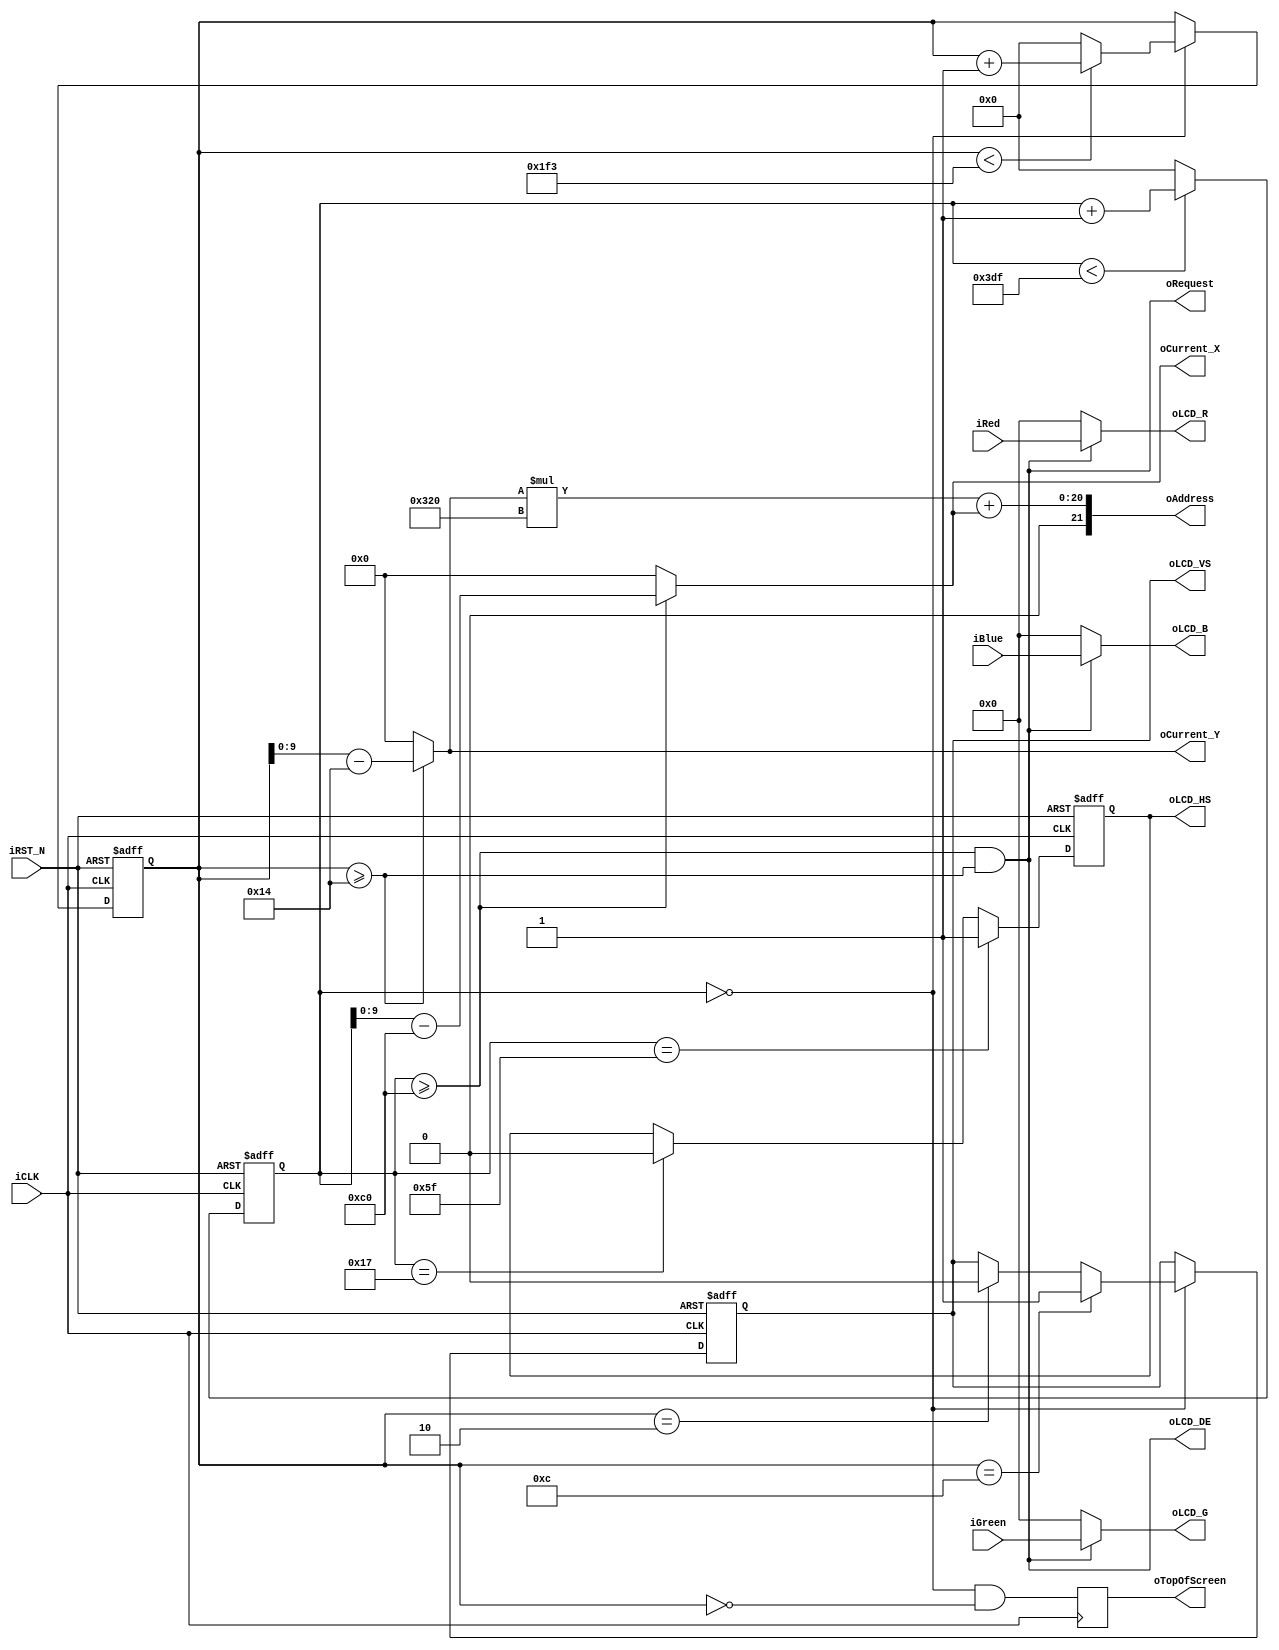
module LCD_control_1(
    input [7:0] iRed,
    input [7:0] iGreen,
    input [7:0] iBlue,
    output [9:0] oCurrent_X,    
    output [9:0] oCurrent_Y,    
    output [21:0] oAddress,     
    output oRequest,            
    output reg oTopOfScreen,    
    output [7:0] oLCD_R,
    output [7:0] oLCD_G,
    output [7:0] oLCD_B,
    output reg oLCD_HS,   
    output reg oLCD_VS,   
    output oLCD_DE,   
    input iCLK,
    input iRST_N
);
reg         [10:0]  H_Cont;
reg         [10:0]  V_Cont;
parameter   H_FRONT =   24;
parameter   H_SYNC  =   72;
parameter   H_BACK  =   96;
parameter   H_ACT   =   800;
parameter   H_BLANK =   H_FRONT+H_SYNC+H_BACK;
parameter   H_TOTAL =   H_FRONT+H_SYNC+H_BACK+H_ACT;
parameter   V_FRONT =   3;
parameter   V_SYNC  =   10;
parameter   V_BACK  =   7;
parameter   V_ACT   =   480;
parameter   V_BLANK =   V_FRONT+V_SYNC+V_BACK;
parameter   V_TOTAL =   V_FRONT+V_SYNC+V_BACK+V_ACT;
assign  oLCD_R      =   oRequest ? iRed : 8'b0 ;
assign  oLCD_G      =   oRequest ? iGreen : 8'b0 ;
assign  oLCD_B      =   oRequest ? iBlue : 8'b0 ;
assign  oAddress    =   oCurrent_Y*H_ACT + oCurrent_X;
assign  oRequest    =   H_Cont >= H_BLANK && V_Cont >= V_BLANK;
assign  oCurrent_X  =   (H_Cont>=H_BLANK) ? H_Cont-H_BLANK : 11'h0;
assign  oCurrent_Y  =   (V_Cont>=V_BLANK) ? V_Cont-V_BLANK : 11'h0;
assign  oLCD_DE     =   oRequest;
wire oTopOfScreenNext = H_Cont == 0 && V_Cont == 0;
always @(posedge iCLK)
begin
    oTopOfScreen <= oTopOfScreenNext;
end
always @(posedge iCLK or negedge iRST_N)
begin
    if (!iRST_N) begin
        H_Cont <= 0;
        oLCD_HS <= 1;
    end else begin
        if (H_Cont < H_TOTAL - 1) begin
            H_Cont <= H_Cont + 1'b1;
        end else begin
            H_Cont <= 0;
        end
        if (H_Cont == H_FRONT - 1) begin
            oLCD_HS <= 1'b0;
        end
        if (H_Cont == H_FRONT + H_SYNC - 1) begin
            oLCD_HS <= 1'b1;
        end
    end
end
always @(posedge iCLK or negedge iRST_N)
begin
    if (!iRST_N) begin
        V_Cont <= 0;
        oLCD_VS <= 1;
    end else if (H_Cont == 0) begin
        if (V_Cont < V_TOTAL-1) begin
            V_Cont <= V_Cont+1'b1;
        end else begin
            V_Cont <= 0;
        end
        if (V_Cont == V_FRONT - 1) begin
            oLCD_VS <= 1'b0;
        end
        if (V_Cont == V_FRONT + V_SYNC - 1) begin
            oLCD_VS <= 1'b1;
        end
    end
end
endmodule